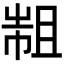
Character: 𢄄